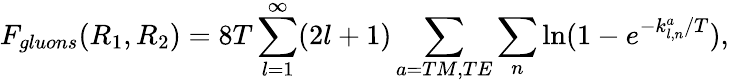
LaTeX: F_{gluons}(R_{1},R_{2})=8T\sum_{l=1}^{\infty}(2l+1)\sum_{a=TM,TE}\sum_{n}\ln(1-e^{-k_{l,n}^{a}/T}),